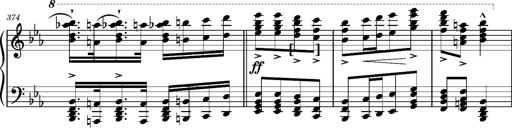
Title: Magyar rapszÃ³diÃ¡k
Composer: Franz Liszt